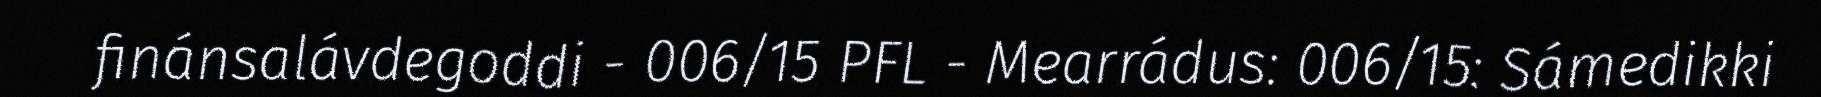
finánsalávdegoddi - 006/15 PFL - Mearrádus: 006/15: Sámedikki